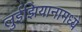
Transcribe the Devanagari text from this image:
लुईझियानामध्ये